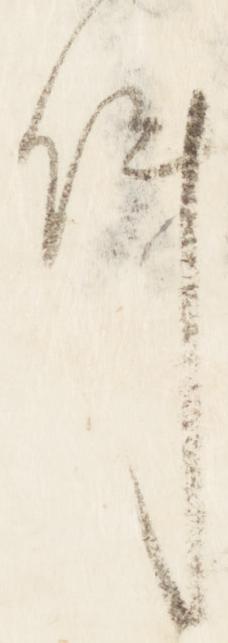
件